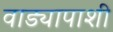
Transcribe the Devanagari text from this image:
वाड्यापाशी